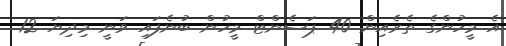
އެ މީހުންގެ ތެރެއިން 40 ޕަސެންޓް މީހުން ބުނެފައި ވަނީ މިދިޔަ 12